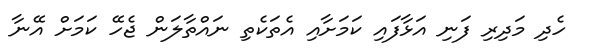
ހެދި މަދިރި ފަނި އަޅާފައި ކަމަށާއި އެތަކެތި ނައްތާލަން ޖެހޭ ކަމަށް އޭނާ